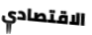
الاقتصادي